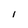
Character: I